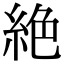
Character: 絶